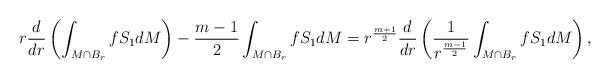
LaTeX: \begin{align*}r\dfrac{d}{dr}\left(\int_{M\cap B_r} fS_1 dM \right) - \dfrac{m-1}{2}\int_{M\cap B_r} fS_1 dM = r^{\frac{m+1}{2}}\dfrac{d}{dr}\left(\frac{1}{r^{\frac{m-1}{2}}}\int_{M\cap B_r}fS_1 dM\right),\end{align*}